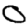
Digit: 0